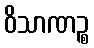
ဝိသာဏဉ္စ